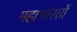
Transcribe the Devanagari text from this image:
महाभारतों